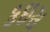
કઇસ